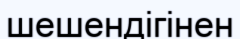
шешендігінен